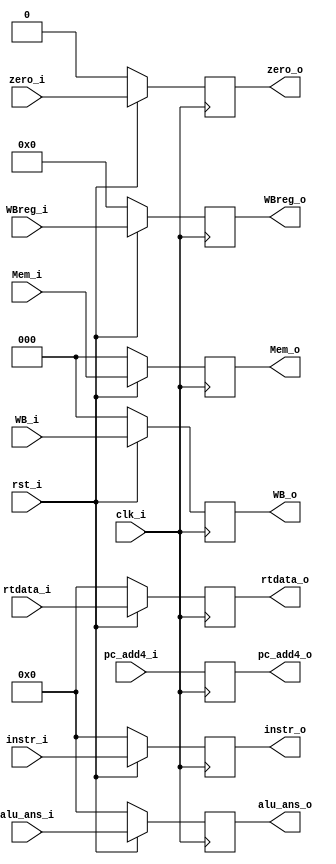
module MEM_register (clk_i, rst_i, instr_i, WB_i, Mem_i,  zero_i, alu_ans_i, rtdata_i, WBreg_i,pc_add4_i, instr_o, WB_o, Mem_o,  zero_o, alu_ans_o, rtdata_o, WBreg_o,pc_add4_o);

	input clk_i;
	input rst_i;
	input [31:0] instr_i;
	input [2:0] WB_i;
	input [2:0] Mem_i;
	input zero_i;
	input [31:0] alu_ans_i;
	input [31:0] rtdata_i;
	input [4:0] WBreg_i;
	input [31:0] pc_add4_i;
	
	output reg [31:0] instr_o;
	output reg [2:0] WB_o;
	output reg [2:0] Mem_o;
	output reg zero_o;
	output reg [31:0] alu_ans_o;
	output reg [31:0] rtdata_o;
	output reg [4:0] WBreg_o;
	output reg [31:0] pc_add4_o;

	always@(posedge clk_i)
	begin
		if (!rst_i)
		begin
			instr_o <= 0;
			WB_o <= 0;
			Mem_o <= 0;
			zero_o <= 0;
			alu_ans_o <= 0;
			rtdata_o <= 0;
			WBreg_o <= 0;
			pc_add4_o <= pc_add4_i;
		end
		else
		begin
			instr_o <= instr_i;
			WB_o <= WB_i;
			Mem_o <= Mem_i;
			zero_o <= zero_i;
			alu_ans_o <= alu_ans_i;
			rtdata_o <= rtdata_i;
			WBreg_o <= WBreg_i;
			pc_add4_o <= pc_add4_i;
		end
	end

endmodule